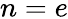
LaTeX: n=e